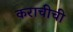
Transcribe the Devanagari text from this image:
कराचीची